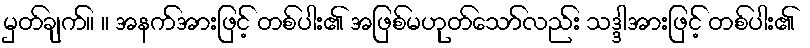
မှတ်ချက်။ ။ အနက်အားဖြင့် တစ်ပါး၏ အဖြစ်မဟုတ်သော်လည်း သဒ္ဒါအားဖြင့် တစ်ပါး၏